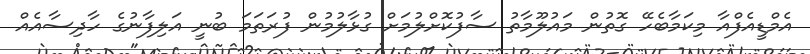
އެމްޑީއެފްއާ މިކަމާބެހޭ ގޮތުން މައުލޫމާތު ސާފުކޮށްލުމަށް ގުޅާލުމުން ފުރަތަމަ ބުނީ އަލިފާނުގެ ހާދިސާއެއް